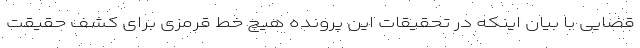
قضایی با بیان اینکه در تحقیقات این پرونده هیچ خط قرمزی برای کشف حقیقت